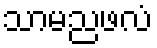
သာမညဖလံ